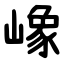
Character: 嶑